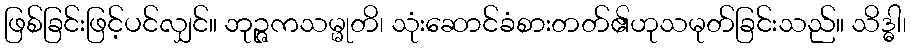
ဖြစ်ခြင်းဖြင့်ပင်လျှင်။ ဘုဉ္ဇကသမ္မုတိ၊ သုံးဆောင်ခံစားတတ်၏ဟုသမုတ်ခြင်းသည်။ သိဒ္ဓါ၊